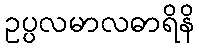
ဥပ္ပလမာလဓာရိနိ